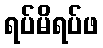
ရပ်မိရပ်ဖ